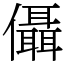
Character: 㒤